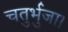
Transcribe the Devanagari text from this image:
चतुर्भुजा।